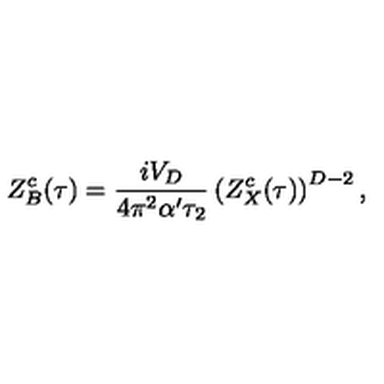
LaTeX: Z _ { B } ^ { c } ( \tau ) = { \frac { i V _ { D } } { 4 \pi ^ { 2 } \alpha ^ { \prime } \tau _ { 2 } } } \left( Z _ { X } ^ { c } ( \tau ) \right) ^ { D - 2 } ,